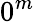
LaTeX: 0^{m}